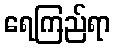
ရေကြည်ရာ